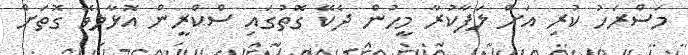
މަސްރަހު ކުރި އަށް ލަފާކުރާ މީހުން ދެކޭ ގޮތުގައި ސްކްރީން އޮޅާލެވޭ ގޮތަށް